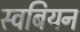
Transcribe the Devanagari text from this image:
स्वबियन